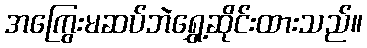
အကြွေးမဆပ်ဘဲရွှေ့ဆိုင်းထားသည်။